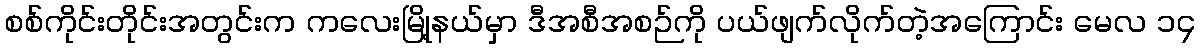
စစ်ကိုင်းတိုင်းအတွင်းက ကလေးမြို့နယ်မှာ ဒီအစီအစဉ်ကို ပယ်ဖျက်လိုက်တဲ့အကြောင်း မေလ ၁၄